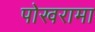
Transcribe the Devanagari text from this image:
पोखरामा